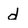
Character: d